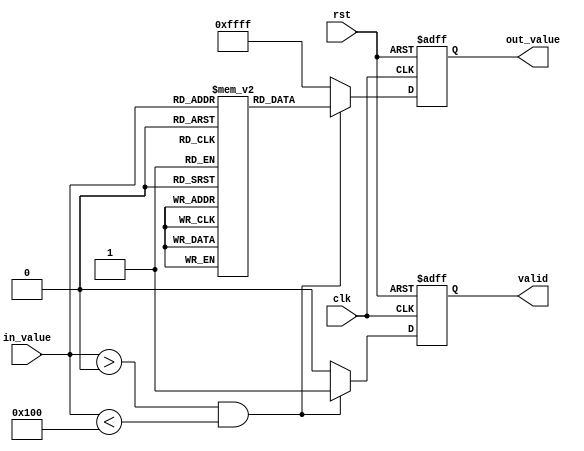
module lut_reciprocal (
    input wire clk,               // Clock input
    input wire rst,               // Reset input
    input wire [7:0] in_value,    // 8-bit input value
    output reg [15:0] out_value,   // 16-bit output value for the reciprocal
    output reg valid              // Output valid signal
);

    // Lookup table for reciprocal values (precomputed)
    reg [15:0] lut [0:255]; // 256 entries for 8-bit input

    // Initializing the LUT with precomputed reciprocal values
    initial begin
        lut[0] = 16'hFFFF; // Undefined for 0, can be handled as needed
        lut[1] = 16'h10000; // 1.0 in fixed-point (1.0 * 2^16)
        // Fill in the rest of the LUT with precomputed values
        // Example: lut[2] = 16'h8000; // 0.5 in fixed-point (0.5 * 2^16)
        // ...
        // Fill in values for lut[3] to lut[255]
        // For example:
        // lut[255] = 16'h0001; // Approximate reciprocal of 255
    end

    always @(posedge clk or posedge rst) begin
        if (rst) begin
            out_value <= 16'b0;
            valid <= 1'b0;
        end else begin
            if (in_value > 0 && in_value < 256) begin
                out_value <= lut[in_value]; // Get reciprocal from LUT
                valid <= 1'b1; // Output is valid
            end else begin
                out_value <= 16'hFFFF; // Handle undefined or out-of-bound
                valid <= 1'b0; // Output is not valid
            end
        end
    end

endmodule